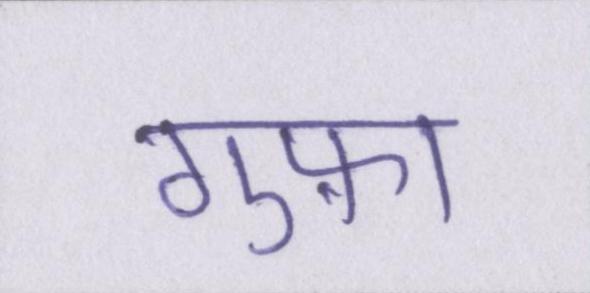
गुफ़ा